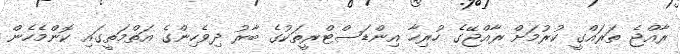
ރާއްޖެ ތަރައްގީ ކުރުމަށް ރާއްޖޭގެ ހުރިހާ އިންޑަސްޓްރީތަކުގެ ބާރު ދިވެހިންގެ އަތްމަތީގައި ކޮންމެހެން